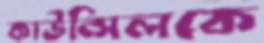
কাউন্সিলকে